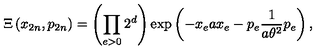
\Xi \left( x _ { 2 n } , p _ { 2 n } \right) = \left( \prod _ { e > 0 } 2 ^ { d } \right) \exp \left( - x _ { e } a x _ { e } - p _ { e } \frac { 1 } { a \theta ^ { 2 } } p _ { e } \right) ,